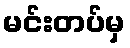
မင်းတပ်မှ